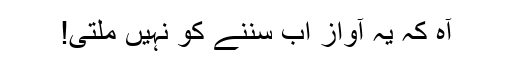
آہ کہ یہ آواز اب سننے کو نہیں ملتی!